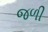
જળી